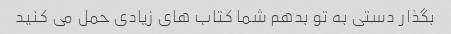
بگذار دستی به تو بدهم شما کتاب های زیادی حمل می کنید